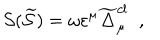
LaTeX: \mathcal { S } ( \widetilde { \mathcal { S } } ) \; \mathcal { = \; } \omega \varepsilon ^ { \mu } \widetilde { \Delta } _ { \mu } ^ { c l } \; \; ,